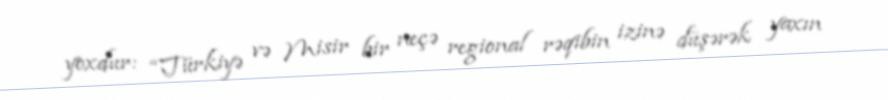
yoxdur: “Türkiyə və Misir bir neçə regional rəqibin izinə düşərək yaxın